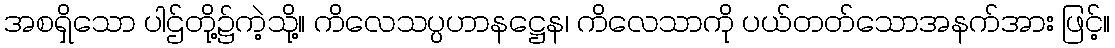
အစရှိသော ပါဌ်တို့၌ကဲ့သို့။ ကိလေသပ္ပဟာနဋ္ဌေန၊ ကိလေသာကို ပယ်တတ်သောအနက်အား ဖြင့်။